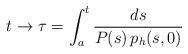
LaTeX: \begin{align*}t \to \tau = \int_a^t \frac{ds}{P(s)\,p_h(s,0)}\end{align*}